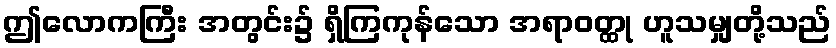
ဤလောကကြီး အတွင်း၌ ရှိကြကုန်သော အရာဝတ္ထု ဟူသမျှတို့သည်